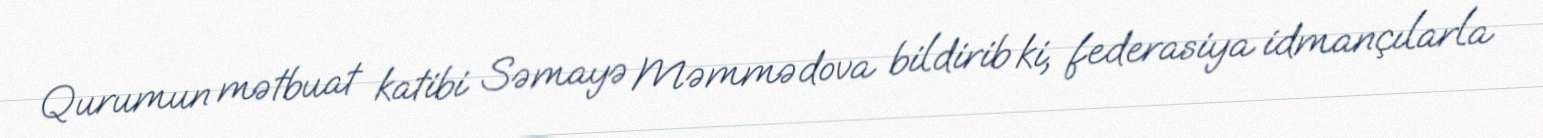
Qurumun mətbuat katibi Səmayə Məmmədova bildirib ki, federasiya idmançılarla